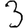
Digit: 3